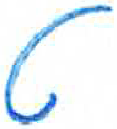
אות: ט